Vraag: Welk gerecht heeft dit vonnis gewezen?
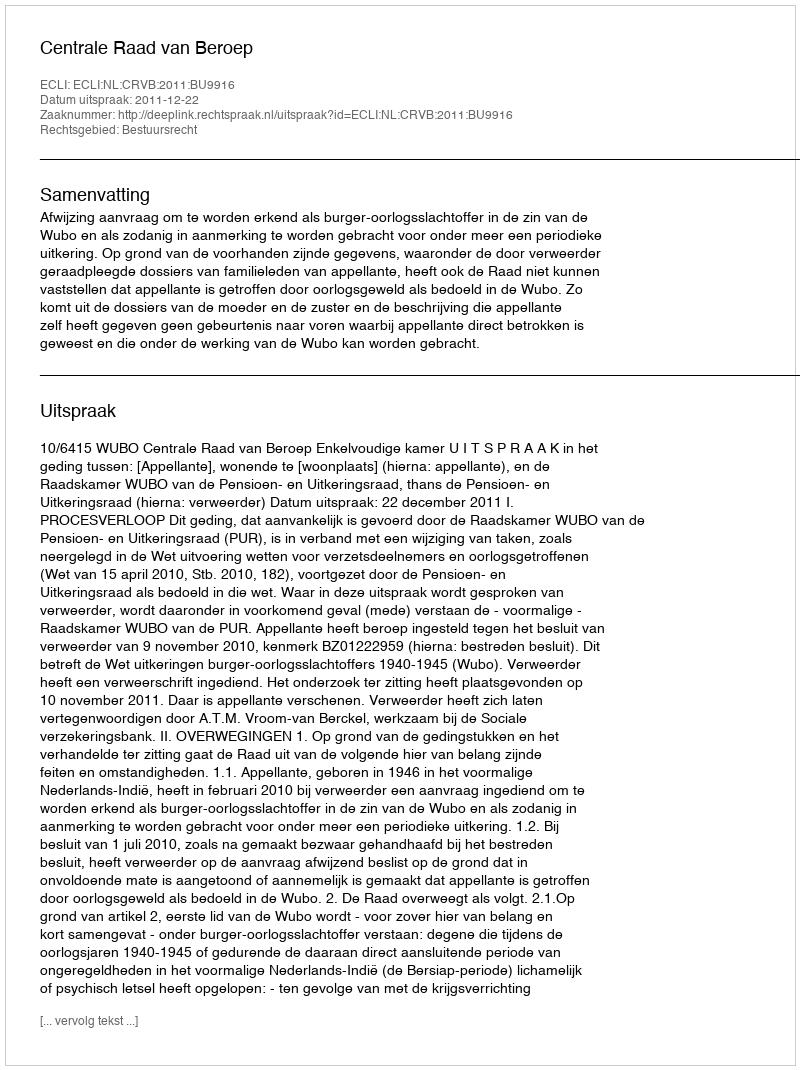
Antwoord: Centrale Raad van Beroep